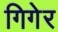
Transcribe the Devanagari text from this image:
गिगेर